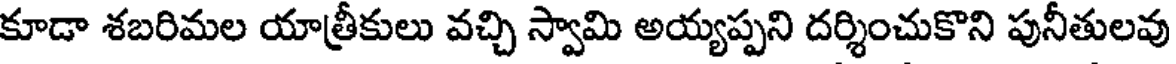
కూడా శబరిమల యాత్రీకులు వచ్చి స్వామి అయ్యప్పని దర్శించుకొని పునీతులవు